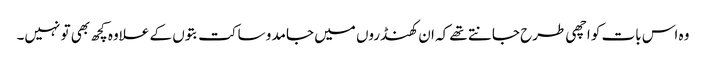
وہ اس بات کو اچھی طرح جانتے تھے کہ ان کھنڈروں میں جامد و ساکت بتوں کے علاوہ کچھ بھی تو نہیں۔